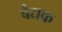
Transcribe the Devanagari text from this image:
बैद्यक